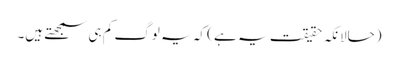
(حالانکہ حقیقت یہ ہے ) کہ یہ لوگ کم ہی سمجھتے ہیں۔